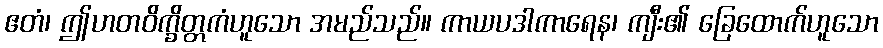
ဧတံ၊ ဤဟတဝိက္ခိတ္တကံဟူသော အမည်သည်။ ကာယပဒါကာရေန၊ ကျီး၏ ခြေထောက်ဟူသော